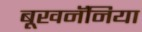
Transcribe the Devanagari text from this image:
बूखनॅनिया